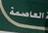
العامىعة